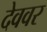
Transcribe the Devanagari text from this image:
देववर